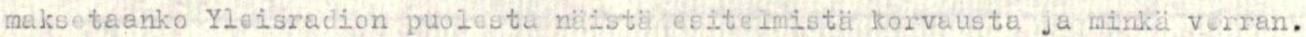
maksetaanko Yleisradion puolesta näistä esitelmistä korvausta ja minkä verran.